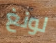
لونغ